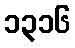
၁၃၁၆